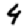
Digit: 4